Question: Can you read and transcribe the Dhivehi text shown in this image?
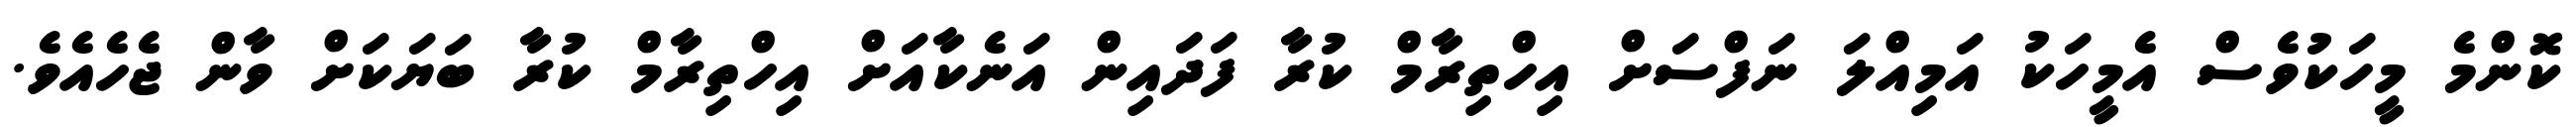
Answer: ކޮންމެ މީހަކުވެސް އެމީހަކު އަމިއްލަ ނަފްސަށް އިހްތިރާމް ކުރާ ފަދައިން އަނެކާއަށް އިހްތިރާމް ކުރާ ބަޔަކަށް ވާން ޖެހެއެވެ.